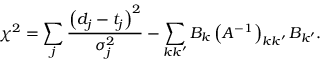
\chi ^ { 2 } = \sum _ { j } \frac { \left( d _ { j } - t _ { j } \right) ^ { 2 } } { \sigma _ { j } ^ { 2 } } - \sum _ { k k ^ { \prime } } B _ { k } \left( A ^ { - 1 } \right) _ { k k ^ { \prime } } B _ { k ^ { \prime } } .